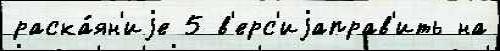
раска́ян'иjе 5 в'ерс'иjаправ'ить на